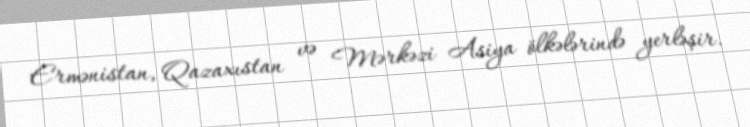
Ermənistan, Qazaxıstan və Mərkəzi Asiya ölkələrində yerləşir.